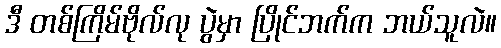
ဒီ တစ်ကြိမ်ဗိုလ်လု ပွဲမှာ ပြိုင်ဘက်က ဘယ်သူလဲ။